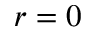
r = 0